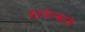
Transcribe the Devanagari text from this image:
कामेल्कासे